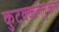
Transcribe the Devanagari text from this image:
कुटक्कल्लुकल